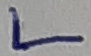
Text: L